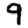
Digit: 9